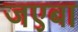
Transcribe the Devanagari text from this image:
जएबा